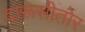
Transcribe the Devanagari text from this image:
दारूसीतोर